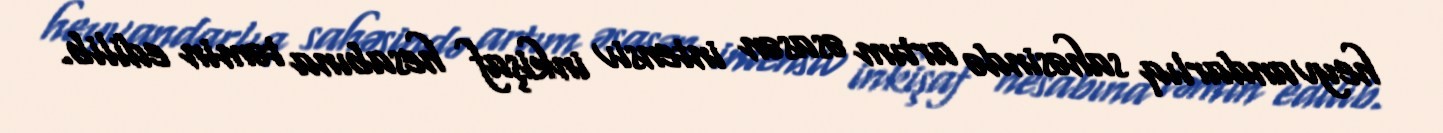
heyvandarlıq sahəsində artım əsasən intensiv inkişaf hesabına təmin edilib.